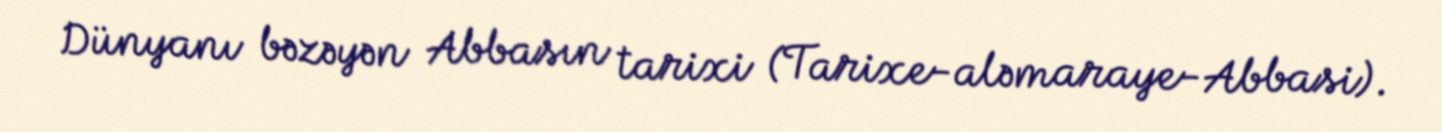
Dünyanı bəzəyən Abbasın tarixi (Tarixe-aləmaraye-Abbasi).